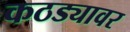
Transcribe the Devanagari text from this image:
कठड्यावर